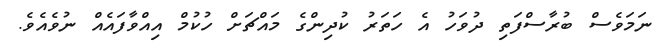
ނަމަވެސް ބުރާސްފަތި ދުވަހު އެ ހަތަރު ކުދިންގެ މައްޗަށް ހުކުމް އިއްވާފައެއް ނުވެއެވެ.